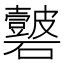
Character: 𥗣